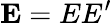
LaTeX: \mathbf{E}=EE^{\prime}